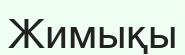
Жимықы